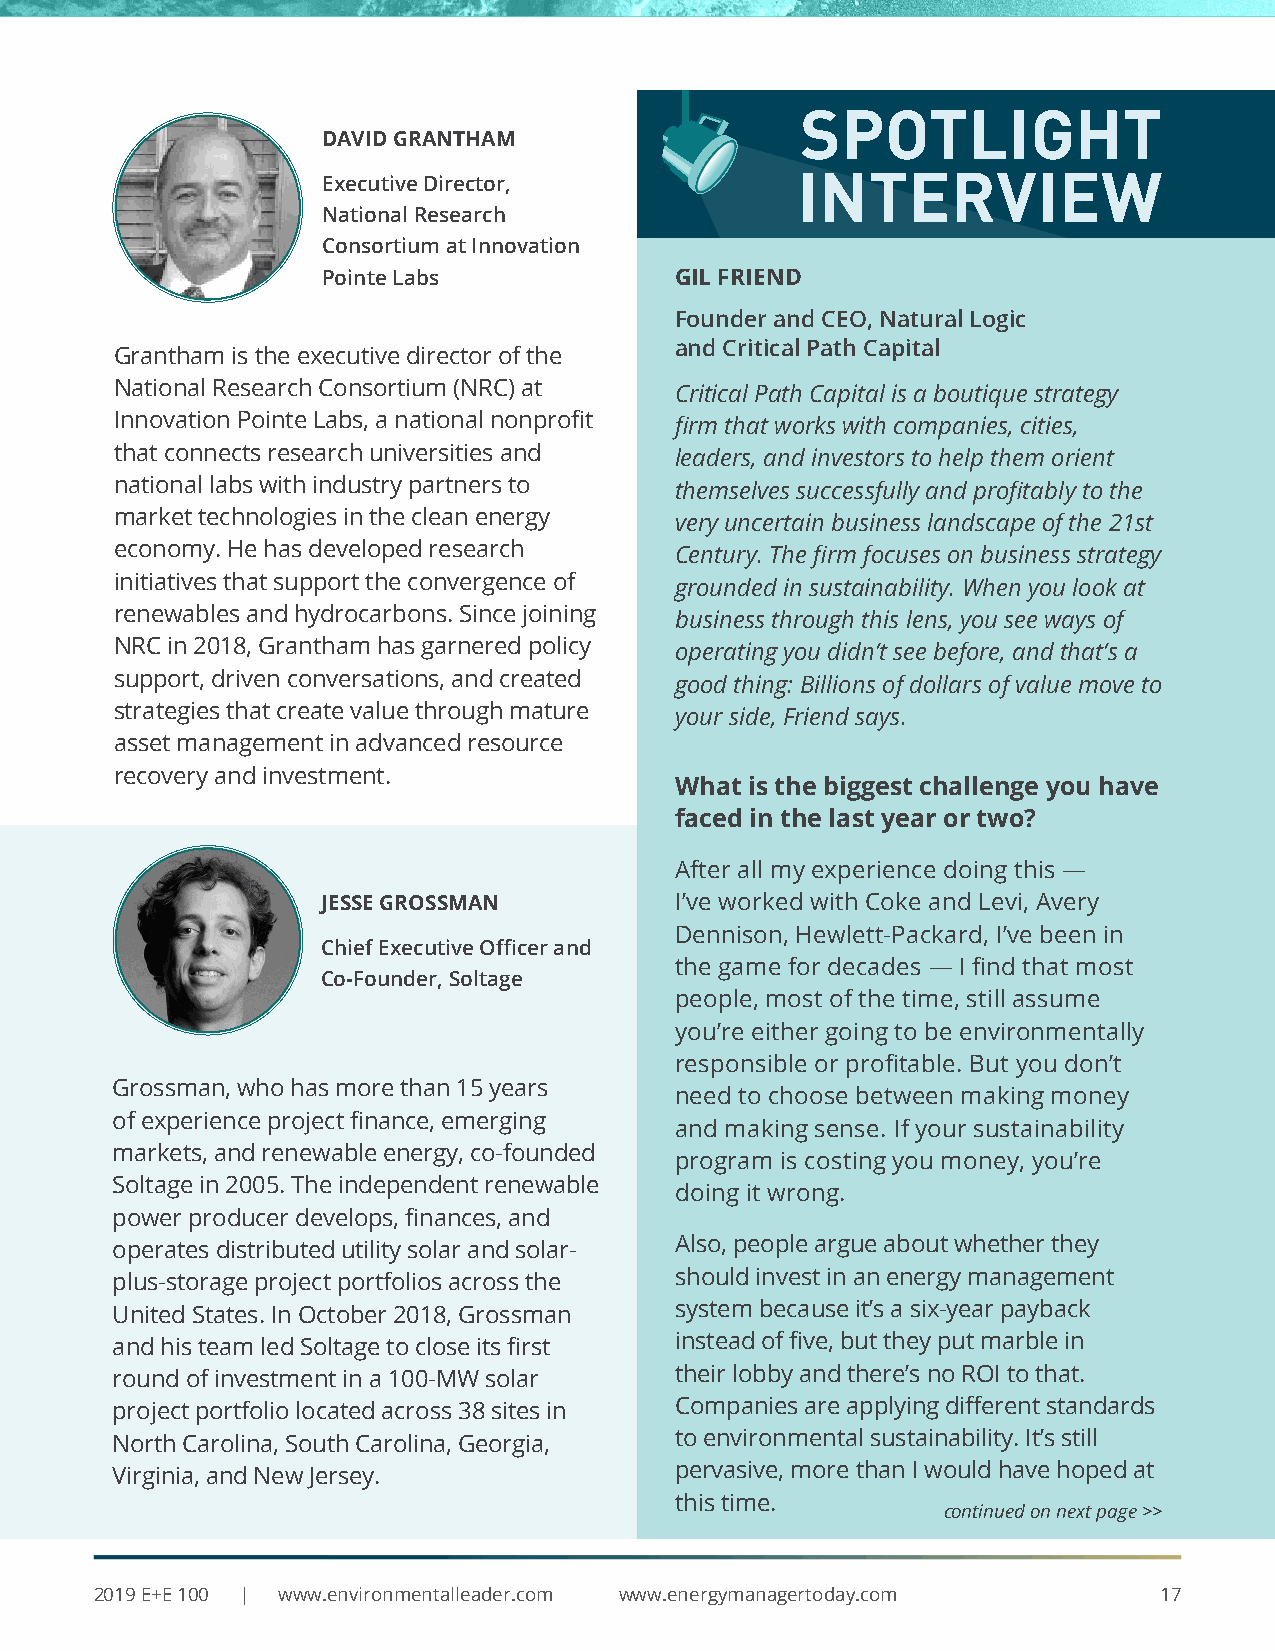
SPOTLIGHT
 DAVID GRANTHAM
 INTERVIEW
 Executive Director,
 National Research
 Consortium at Innovation
 Pointe Labs             GIL FRIEND
 Founder and CEO, Natural Logic
 and Critical Path Capital
 Grantham is the executive director of the
 National Research Consortium (NRC) at Critical Path Capital is a boutique strategy
 Innovation Pointe Labs, a national nonprofit firm that works with companies, cities,
 that connects research universities and leaders, and investors to help them orient
 national labs with industry partners to themselves successfully and profitably to the
 market technologies in the clean energy very uncertain business landscape of the 21st
 economy. He has developed research   Century. The firm focuses on business strategy
 initiatives that support the convergence of grounded in sustainability. When you look at
 renewables and hydrocarbons. Since joining business through this lens, you see ways of
 NRC in 2018, Grantham has garnered policy operating you didn’t see before, and that’s a
 support, driven conversations, and created good thing: Billions of dollars of value move to
 strategies that create value through mature your side, Friend says.
 asset management in advanced resource
 recovery and investment.
 What is the biggest challenge you have
 faced in the last year or two?
 After all my experience doing this —
 JESSE GROSSMAN          I’ve worked with Coke and Levi, Avery
 Dennison, Hewlett-Packard, I’ve been in
 Chief Executive Officer and
 the game for decades — I find that most
 Co-Founder, Soltage
 people, most of the time, still assume
 you’re either going to be environmentally
 responsible or profitable. But you don’t
 Grossman, who has more than 15 years
 need to choose between making money
 of experience project finance, emerging
 and making sense. If your sustainability
 markets, and renewable energy, co-founded
 program is costing you money, you’re
 Soltage in 2005. The independent renewable
 doing it wrong.
 power producer develops, finances, and
 operates distributed utility solar and solar- Also, people argue about whether they
 plus-storage project portfolios across the should invest in an energy management
 United States. In October 2018, Grossman system because it’s a six-year payback
 and his team led Soltage to close its first instead of five, but they put marble in
 round of investment in a 100-MW solar their lobby and there’s no ROI to that.
 project portfolio located across 38 sites in Companies are applying different standards
 North Carolina, South Carolina, Georgia, to environmental sustainability. It’s still
 Virginia, and New Jersey.             pervasive, more than I would have hoped at
 this time.
 continued on next page >>
 2019 E+E 100 | www.environmentalleader.com www.energymanagertoday.com  17